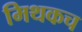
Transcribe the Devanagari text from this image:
मिथकच